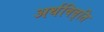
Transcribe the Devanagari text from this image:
अर्थविवृति